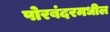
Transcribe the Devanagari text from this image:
पोरबंदरमधील